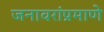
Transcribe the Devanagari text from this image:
जनावरांप्रमाणे